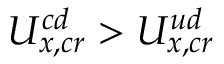
U _ { x , c r } ^ { c d } > U _ { x , c r } ^ { u d }